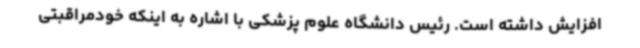
افزایش داشته است. رئیس دانشگاه علوم پزشکی با اشاره به اینکه خودمراقبتی